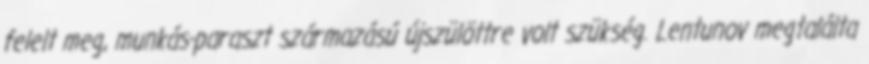
felelt meg, munkás-paraszt származású újszülöttre volt szükség. Lentunov megtalálta